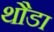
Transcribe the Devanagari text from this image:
थौडा